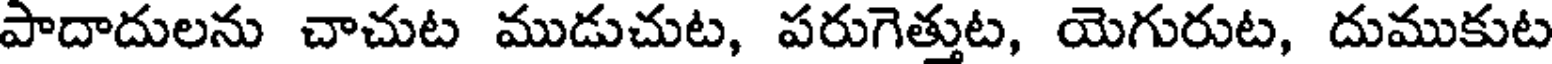
పాదాదులను చాచుట ముడుచుట, పరుగెత్తుట, యెగురుట, దుముకుట